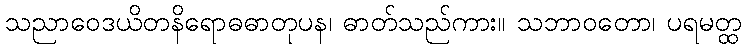
သညာဝေဒယိတနိရောဓဓာတုပန၊ ဓာတ်သည်ကား။ သဘာဝတော၊ ပရမတ္ထ